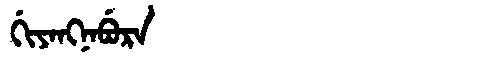
Manchu: ᡤᡳᠶᠠᠩᠨᠠᠪᡠᡵᠠ
Romanization: GIYANGNABURA